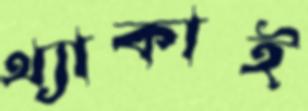
থ্যাকাই